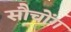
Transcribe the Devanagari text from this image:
सौचोंग